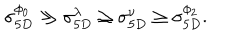
\sigma _ { 5 D } ^ { \phi _ { 0 } } \gg \sigma _ { 5 D } ^ { \lambda } \geq \sigma _ { 5 D } ^ { \nu } \geq \sigma _ { 5 D } ^ { \phi _ { 2 } } .